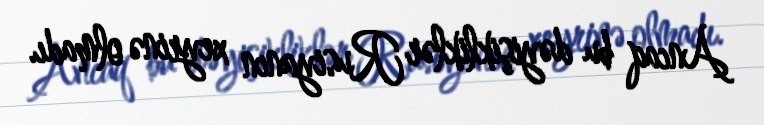
Ancaq bu dəyişikliklər Rusiyanın xeyrinə olmadı.